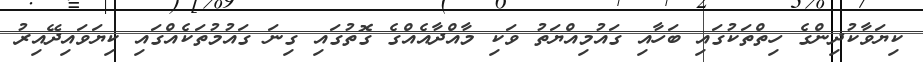
ކިޔަވާކުދިންގެ ހިތްތަކުގައި ބަހާއި ގައުމިއްޔަތު ވަކި މާއްދާއެއްގެ ގޮތުގައި ގިނަ ގައުމުތަކެއްގައި ކިޔަވައިދޭއިރު